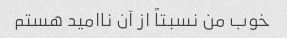
خوب من نسبتاً از آن ناامید هستم